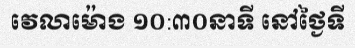
វេលាម៉ោង ១០:៣០នាទី នៅថ្ងៃទី